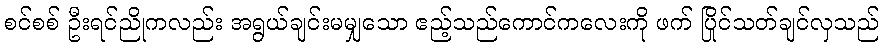
စင်စစ် ဦးရင်ညိုကလည်း အရွယ်ချင်းမမျှသော ဧည့်သည်ကောင်ကလေးကို ဖက် ပြိုင်သတ်ချင်လှသည်